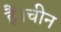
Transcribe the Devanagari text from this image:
हैं।चीन